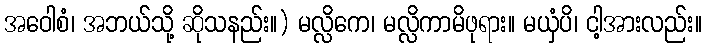
အဝေါစံ၊ အဘယ်သို့ ဆိုသနည်း။) မလ္လိကေ၊ မလ္လိကာမိဖုရား။ မယှံပိ၊ ငါ့အားလည်း။